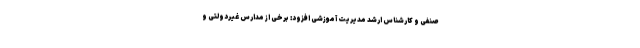
صنفی و کارشناس ارشد مدیریت آموزشی افزود: برخی از مدارس غیردولتی و